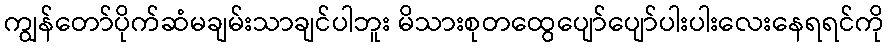
ကျွန်တော်ပိုက်ဆံမချမ်းသာချင်ပါဘူး မိသားစုတထွေပျော်ပျော်ပါးပါးလေးနေရရင်ကို